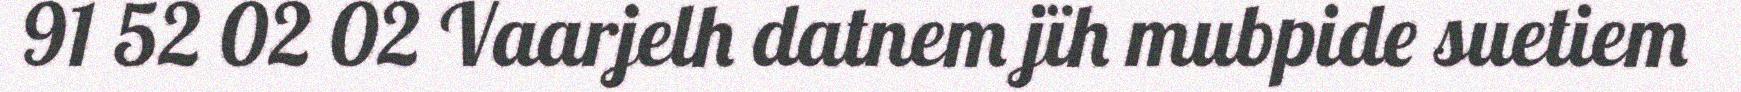
91 52 02 02 Vaarjelh datnem jïh mubpide suetiem